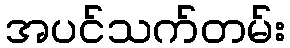
အပင်သက်တမ်း